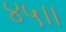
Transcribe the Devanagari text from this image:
४५।।